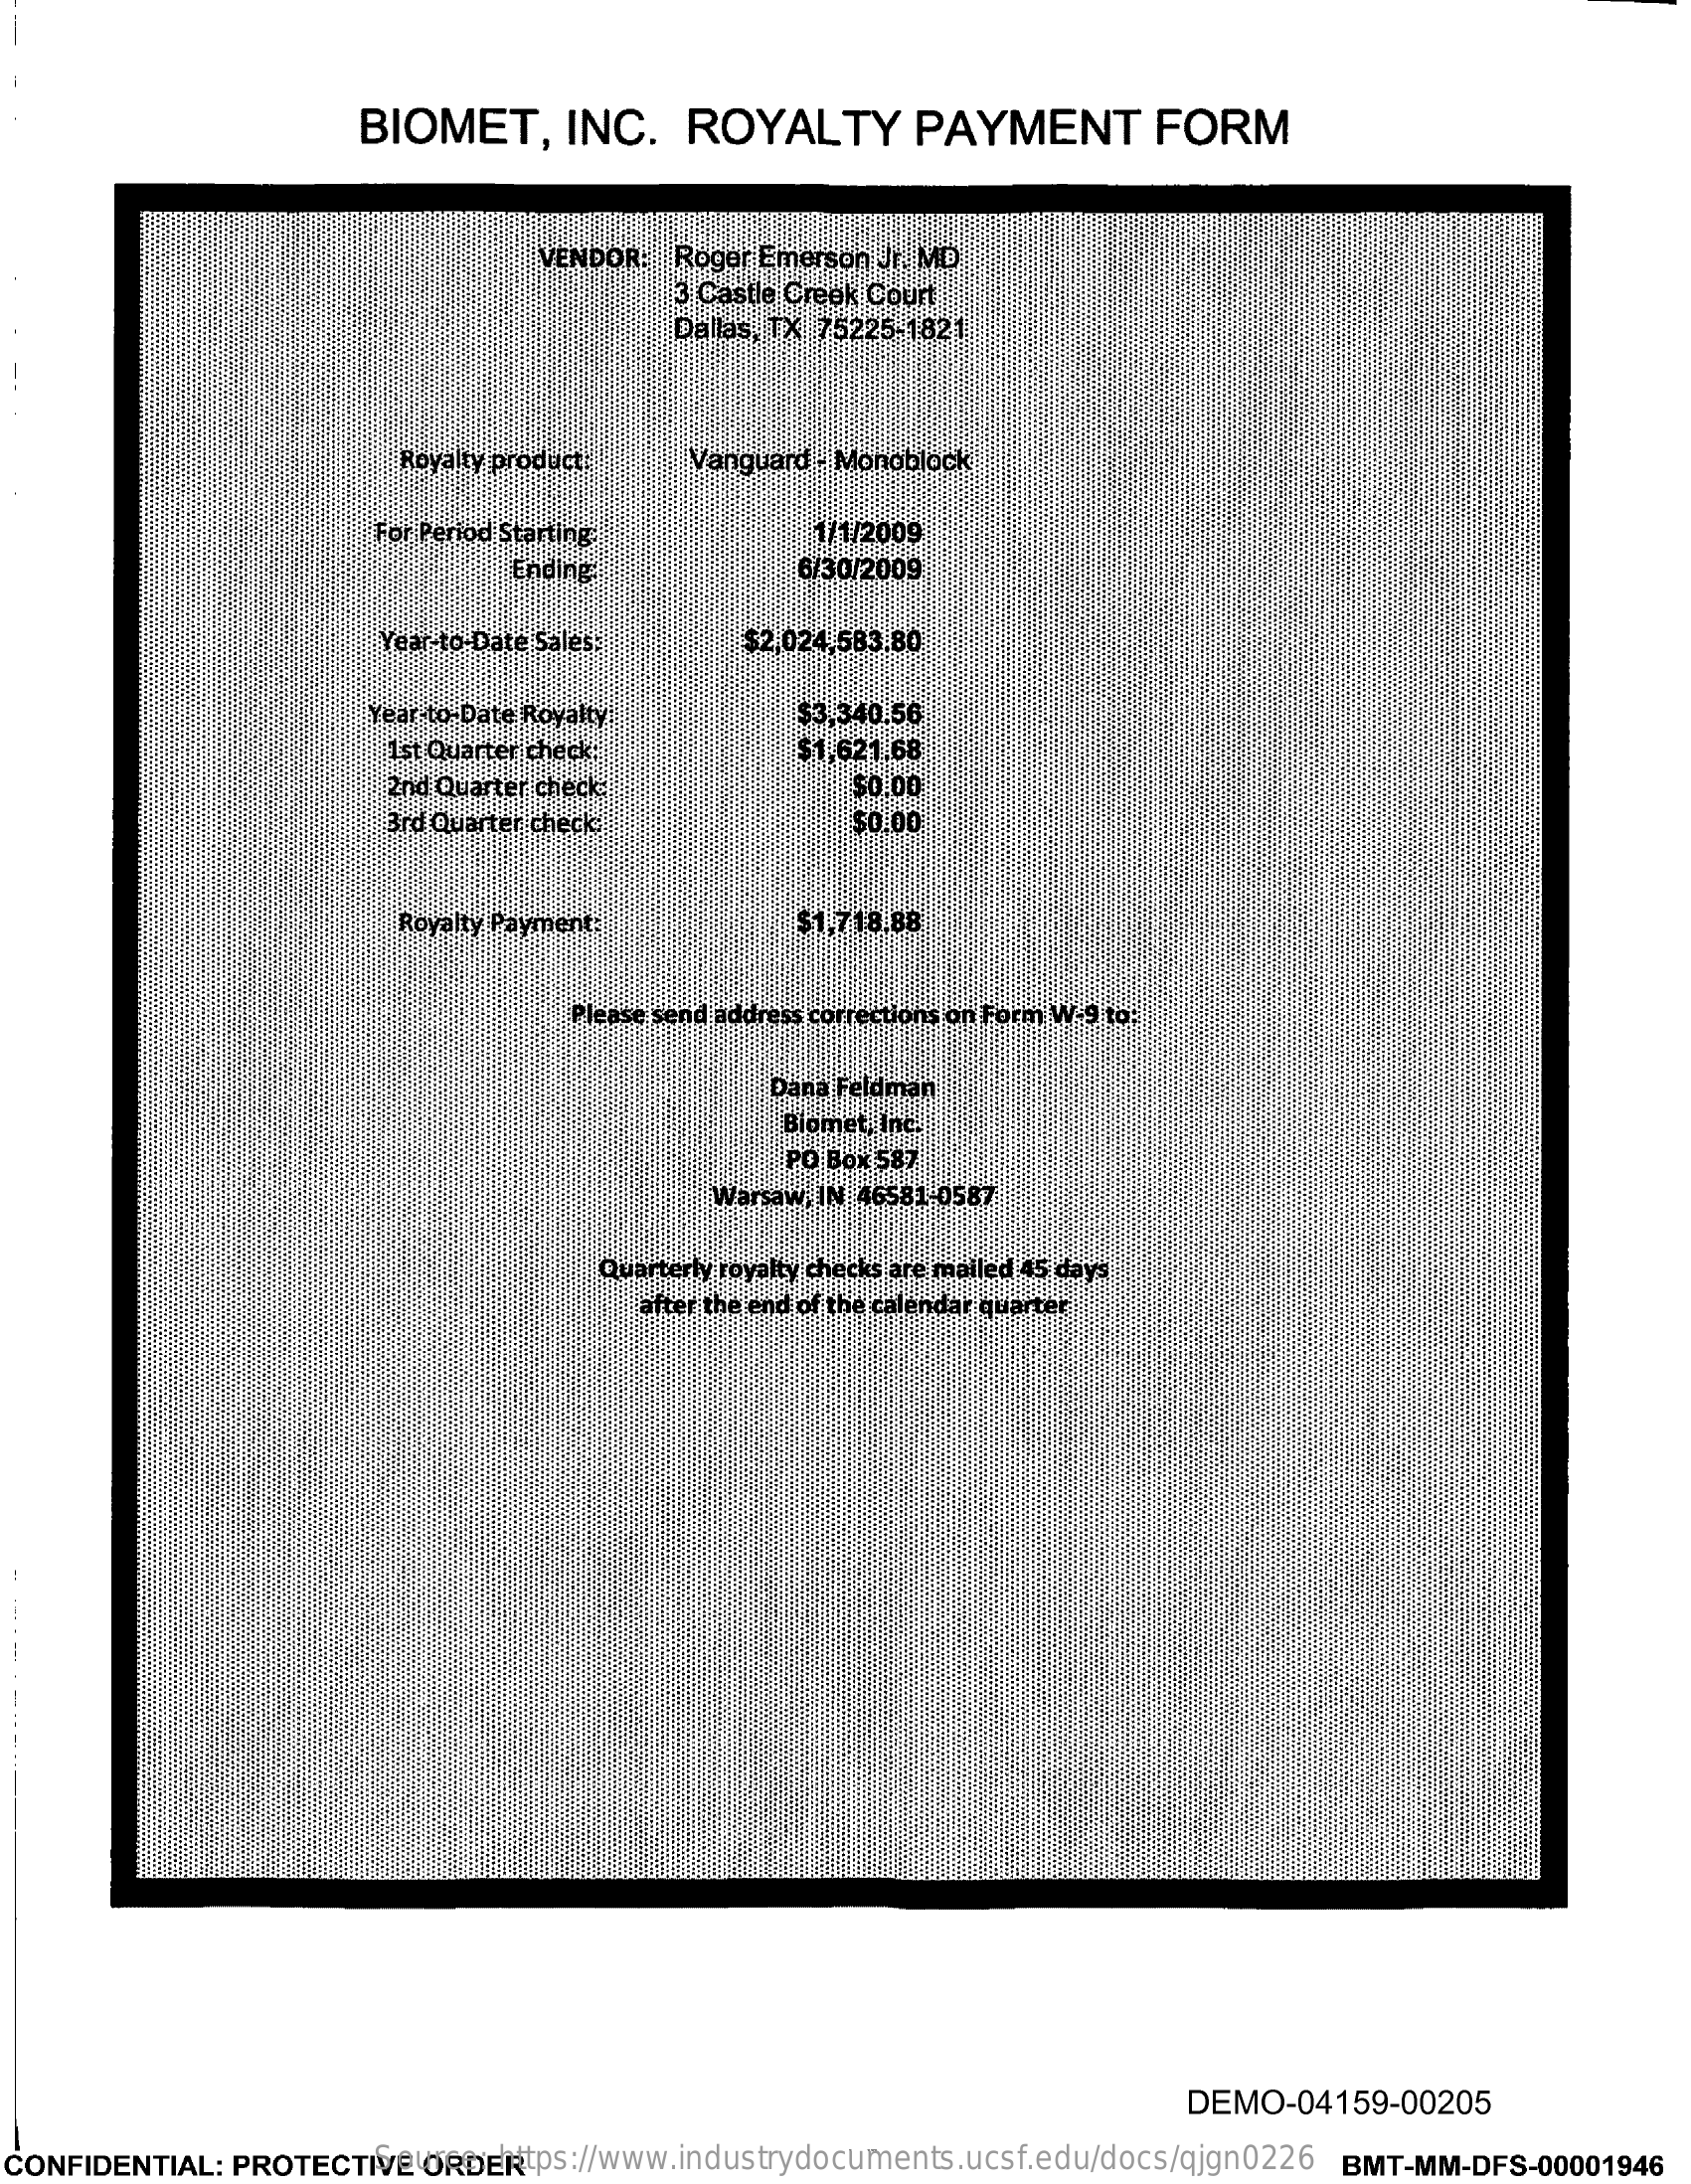
BIOMET,    INC.    ROYALTY    PAYMENT    FORM
     VENDOR: Roger Emerson Jr. MD
     3 Castle Creek Court
     Dallas, TX 75225-1821
     Royalty product   Vanguard . Monoblock
     For Period Starting:    1/1/2009
     Ending:    6/30/2009
     Year-to Date Sales:    $2.024,583.80
     Year to Date Royalty    $3,340.56
     Ist Quarter check    $1.621.68
     2nd Quarter check    $0.00
     3rd Quarter check    $0.00
     Royalty Payment:    $1,718.88
     Please send address corrections on Form W-9 to:
     Dana Feldman
     Biomet, Inc.
     PO Box 587
     Warsaw, IN 46581 0587
     Quarterly royalty checks are mailed 45 days
     after the end of the calendar quarter
     DEMO-04159-00205
  CONFIDENTIAL: PROTECTIVE ORDER Source: https://www.industrydocuments.ucsf.edu/docs/qjgn0226 BMT-MM-DFS-00001946